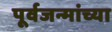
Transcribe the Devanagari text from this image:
पूर्वजन्मांच्या